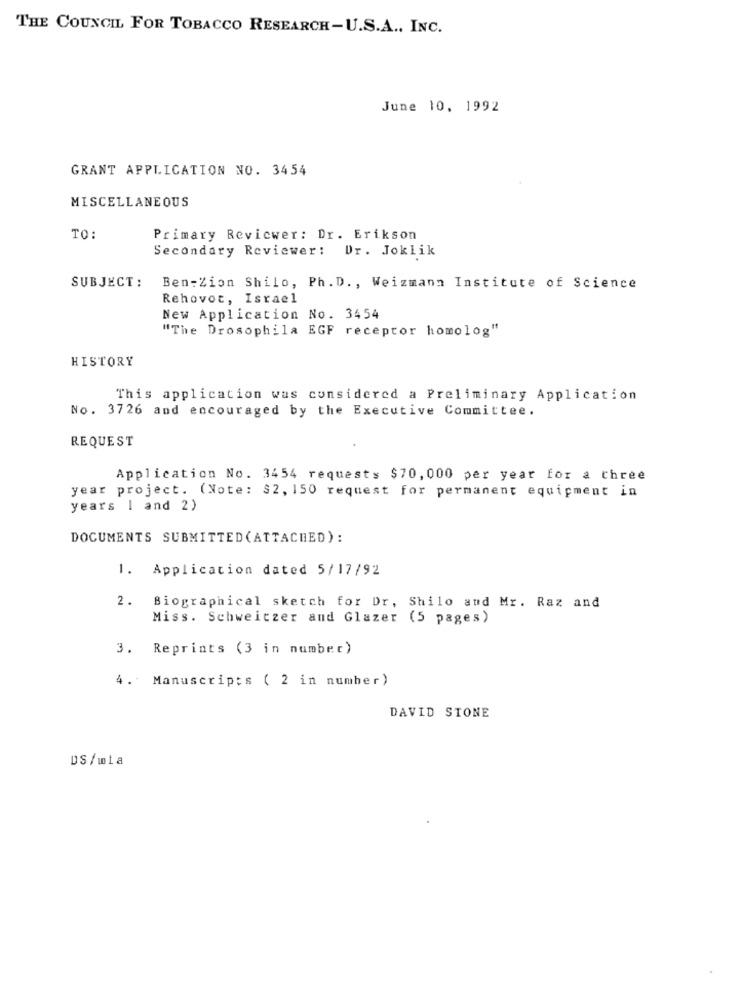
THE COUNCIL FOR TOBACCO RESEARCH-U.S.A .. INC.
June 10, 1992
GRANT APPLICATION NO. 3454
MISCELLANEOUS
TO:
Primary Reviewer: Dr. Erikson
Secondary Reviewer: Dr. Joklik
SUBJECT:
Ben-Zion Shilo, Ph. D ., Weizmann Institute of Science
Rehovot, Israel
New Application No. 3454
"The Drosophila EGF receptor homolog"
HISTORY
This application was considered a Preliminary Application
No. 3726 and encouraged by the Executive Committee.
REQUEST
Application No. 3454 requests $70, 000 per year for a three
year project. (Note: $2, 150 request for permanent equipment in
years 1 and 2)
DOCUMENTS SUBMITTED (ATTACHED) :
1. Application dated 5/17/92
2. Biographical sketch for Dr, Shilo and Mr. Raz and
Miss. Schweitzer and Glazer (5 pages)
3. Reprints (3 in number)
4. Manuscripts ( 2 in number )
DAVID STONE
DS/ wta